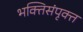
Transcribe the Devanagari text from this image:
भक्तिसंपृक्त